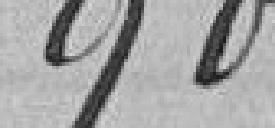
900 francs